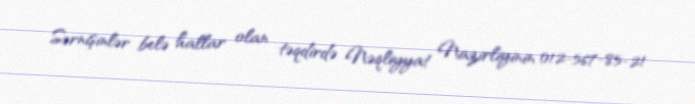
Sərnişinlər belə hallar olan təqdirdə Nəqliyyat Nazirliyinin 012-567-85-21